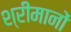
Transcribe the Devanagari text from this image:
श्रीमानों